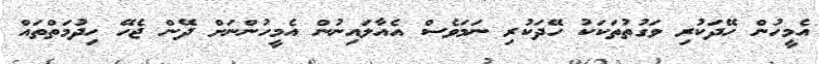
އެމީހުން ހޭދަކުރި ވަގުތުތަކަކު ހޭދަކުރި ނަމަވެސް އެއާލައިނުން އެމީހުންނަށް ދޭން ޖެހޭ ހިދުމަތްތައް